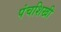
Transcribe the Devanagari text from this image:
पंचशिखी